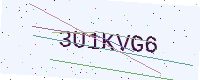
Text: 3U1KVG6